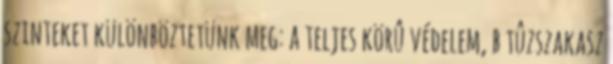
szinteket különböztetünk meg: a teljes körû védelem, b tûzszakasz